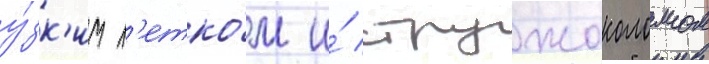
у́зк'им л'етко́м и́ стружоколомом